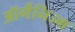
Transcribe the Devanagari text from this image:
ऑर्गैनिज्म